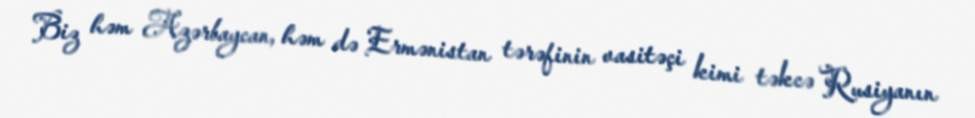
Biz həm Azərbaycan, həm də Ermənistan tərəfinin vasitəçi kimi təkcə Rusiyanın